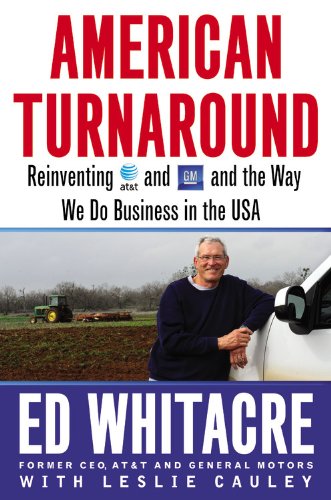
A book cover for American Turnaround: Reinventing AT&T and GM and the Way We Do Business in the USA; Edward Whitacre; Business & Money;